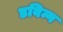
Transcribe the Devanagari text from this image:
डबिन्ग